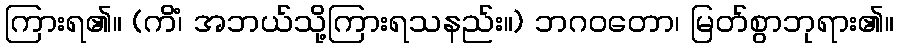
ကြားရ၏။ (ကိံ၊ အဘယ်သို့ကြားရသနည်း။) ဘဂဝတော၊ မြတ်စွာဘုရား၏။